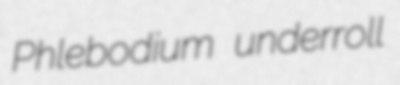
Phlebodium underroll